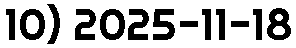
10) 2025-11-18